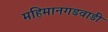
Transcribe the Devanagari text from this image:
महिमानगडवाडी